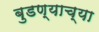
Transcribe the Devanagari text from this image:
बुडण्याच्या